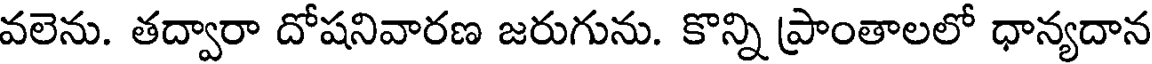
వలెను. తద్వారా దోషనివారణ జరుగును. కొన్ని ప్రాంతాలలో ధాన్యదాన